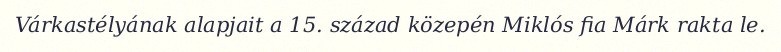
Várkastélyának alapjait a 15. század közepén Miklós fia Márk rakta le.